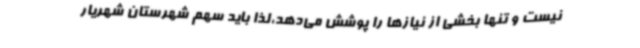
نیست و تنها بخشی از نیازها را پوشش می‌دهد،لذا باید سهم شهرستان شهریار